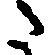
た